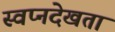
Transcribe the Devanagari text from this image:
स्वप्नदेखता